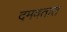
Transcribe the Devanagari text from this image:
दमवतात